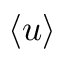
\left< u \right>